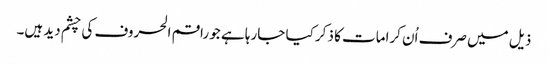
ذیل میں صرف اُن کرامات کا ذکر کیا جارہا ہے جو راقم الحروف کی چشم دید ہیں۔